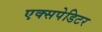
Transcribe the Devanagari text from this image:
एक्सपेडिटर